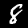
Label: 8